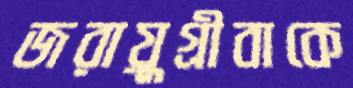
জরায়ুগ্রীবাকে